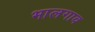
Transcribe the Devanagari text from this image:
भालगाव